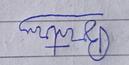
Signature authenticity: forged